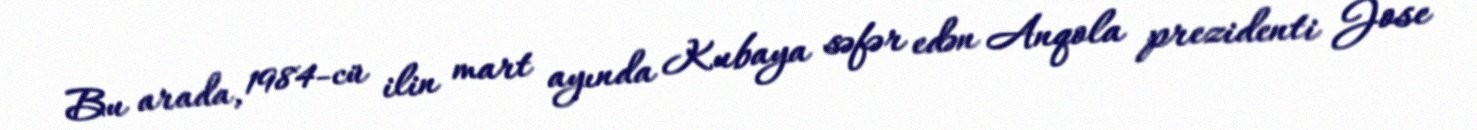
Bu arada, 1984-cü ilin mart ayında Kubaya səfər edən Anqola prezidenti Jose